Report on sanitation, dispensaries, and jails in Rajputana for 1918, and on vaccination for the year 1918-1919 - 1918-1919
Year: 1918
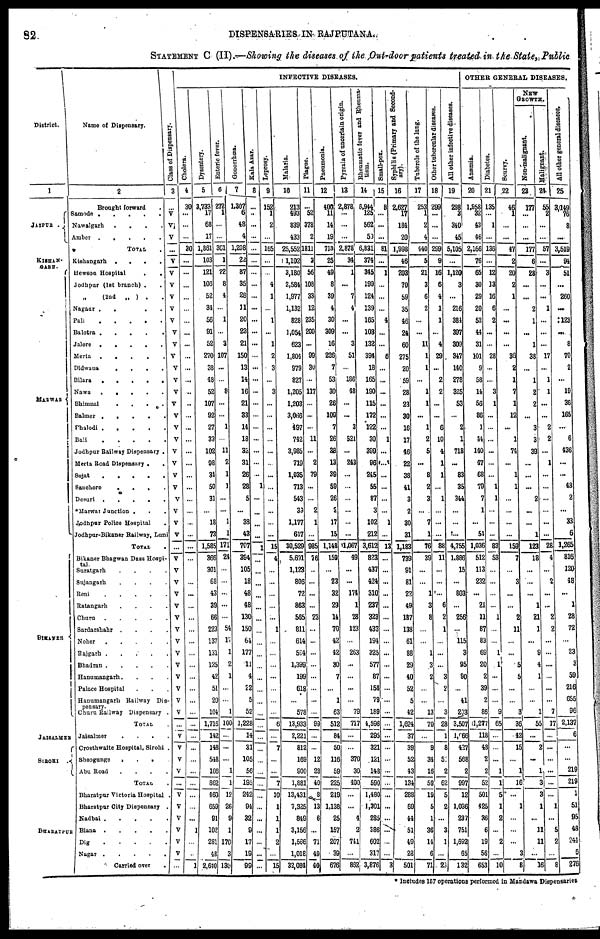
82
DISPENSARIES IN RAJPUTANA
STATEMENT C (II).—Showing the diseases of the Out-door patients treated in the State, Public
District.
1
JAIPUR .
KISHAN¬
GARH.
MARWAR
BIKANER
JAISALMER
SIROHI
BHARATPUR
Name of Dispensary.
2
Brought forward .
Samode
.....
Nawalgarh
.
.
.
.
Amber
.....
TOTAL .
Kishangarh
.
.
.
.
Hewson Hospital
. .
Jodhpur (1st branch) ..
„ (2nd „ ) ..
Nagaur
.....
Pali
.....
Balotra
.....
Jalore
.....
Merta
.....
Didwana
. . . .
Bilara
.
.
.
.
.
Nawa .....
Bhimnal
.
.
.
.
Balmer .....
Phalodi .....
Bali .
.
.
.
.
Jodhpur Railway Dispensary .
Merta Road Dispensary ..
Sojat
.....
Sanchore
.
.
.
.
Desuri
.
.
.
.
.
*Marwar Junction ...
Jodhpur Police Hospital .
Jodhpur-Bikaner Railway, Luni
TOTAL
.
Bikaner Bhagwan Dass Hospi¬
tal.
Suratgarh ....
Sujangarh ....
Reni
.
.
.
.
Ratangarh ....
Churu
.
.
.
.
Sardarshahr ....
Noher
.
.
.
.
Rajgarh
.
.
.
.
Bhadran
.
.
.
.
Hanumangarh....
Palace Hospital ...
Hanumangarh Railway Dis¬
pensary.
Churu Railway Dispensary
TOTAL .
Jaisalmer ....
Crosthwaite Hospital, Sirohi .
Sheogunge
. . .
Abu Road ....
TOTAL .
Bharatpur Victoria Hospital .
Bharatpur City Dispensary .
Nadbai .....
Biana
.....
Dig
.....
Nagar
.....
Carried over
.
Class of Dispensary.
3
...
V
V
V
...
V
V
V
V
V
V
V
V
V
V
V
V
V
V
V
V
V
V
V
V
V
V
V
V
...
V
V
V
V
V
V
V
V
V
V
V
V
V
V
...
V
V
V
V
...
V
V
V
V
V
V
...
INFECTIVE DISEASES.
Cholera.
4
30
...
...
...
30
...
...
...
...
...
...
...
...
...
...
...
...
...
...
...
...
...
...
...
...
...
...
...
...
...
...
...
...
...
...
...
...
...
...
...
...
...
...
...
...
...
...
...
...
...
...
...
...
1
...
...
1
Dysentery.
5
3,733
17
68
17
1,861
103
121
106
52
34
56
91
52
270
38
48
52
107
92
27
33
102
98
31
50
31
...
18
73
1,585
366
301
68
43
39
66
223
137
131
125
42
51
20
104
1,716
142
148
548
166
862
460
659
91
102
281
48
2,640
Enteric fever.
6
272
1
...
...
361
1
22
8
4
...
1
...
3
107
...
...
8
...
...
1
...
11
2
1
1
...
...
1
1
171
24
...
...
...
...
...
54
11
1
2
1
...
...
1
100
...
...
...
1
1
12
26
9
1
170
3
130
Gonorrhœa.
7
1,307
6
48
4
1,208
22
87
35
28
11
20
23
21
150
13
14
16
21
33
14
18
32
31
26
28
5
...
38
43
707
394
105
18
48
48
130
150
64
177
11
4
22
5
52
1,228
14
31
105
56
195
242
94
32
9
17
19
99
Kala Azar.
8
...
...
...
...
...
...
...
...
...
...
...
...
...
...
...
...
...
...
...
...
...
...
...
...
1
...
...
...
...
1
...
...
...
...
...
...
...
...
...
...
...
...
...
...
...
...
...
...
...
...
...
...
...
...
...
...
...
Leprosy.
9
152
1
2
...
165
...
...
4
1
...
1
...
1
2
3
...
3
...
...
...
...
...
...
...
...
...
...
...
...
15
4
...
...
...
...
...
1
...
...
...
...
...
...
...
6
...
7
...
...
7
10
1
1
1
2
...
15
Malaria.
10
213
493
839
433
25,552
1,102
3,180
2,584
1,977
1,132
828
1,054
623
1,804
979
827
1,205
1,203
3,066
497
742
3,985
719
1,035
713
543
39
1,177
617
30,529
5,631
1,123
806
72
863
565
811
614
594
1,399
199
618
...
578
13,933
2,221
812
169
900
1,881
13,431
7,325
849
3,156
1,556
1,018
32,084
Plague.
11
...
52
378
2
1811
3
56
108
33
12
235
200
...
99
30
...
117
...
...
...
11
...
2
79
...
...
2
1
...
985
76
...
...
...
...
23
...
...
...
...
...
...
...
...
99
...
...
12
28
40
8
13
6
...
71
49
40
Pneumonia.
12
400
11
14
19
713
25
49
8
39
4
30
309
16
226
7
53
30
26
109
7
26
38
13
39
59
26
2
17
15
1,148
159
...
23
32
29
14
70
42
42
30
7
...
1
63
512
84
50
116
59
225
219
1,138
25
157
207
39
676
Pyrexia of uncertain origin.
13
2,878
...
...
...
2,878
34
1
...
7
4
...
...
3
51
...
186
48
...
...
3
521
...
243
...
...
...
...
...
...
1,067
49
...
...
174
1
28
123
...
263
...
...
...
...
79
717
...
...
370
30
400
...
...
4
2
741
...
862
Rheumatic fever and Rheuma-
tism.
14
6,944
125
562
59
6,831
374
345
199
124
139
165
103
132
394
18
165
190
115
172
122
30
399
96
245
55
87
3
102
212
3,612
823
437
424
310
237
323
433
194
325
577
87
158
79
189
4,596
295
321
121
148
590
1,480
1,301
285
386
602
317
3,876
Small-pox.
15
8
...
...
...
81
...
1
...
...
...
4
...
...
6
...
...
...
...
...
...
1
...
...
...
...
...
...
1
...
13
...
...
...
...
...
...
...
...
...
...
...
...
...
...
...
...
...
...
...
...
...
...
...
...
...
...
3
Syphilis (Primary and Second-
ary).
16
2,627
17
184
20
1,998
46
203
70
59
35
46
24
60
275
20
59
28
23
30
16
17
46
22
38
41
3
2
30
31
1,183
739
91
81
22
49
187
138
61
88
29
40
52
5
42
1,624
37
39
52
43
134
288
69
44
51
49
23
501
Tubercle of the lung.
17
253
1
2
4
440
5
21
3
6
2
...
...
11
1
1
...
1
1
...
1
2
5
...
8
2
3
...
7
1
76
39
...
...
1
3
3
...
...
1
3
2
...
...
13
70
...
9
34
16
59
19
5
1
36
14
6
71
Other tubercular diseases.
18
299
...
...
299
9
16
6
4
1
1
...
4
29
...
2
2
...
...
6
10
4
1
1
...
1
...
...
...
88
11
...
...
...
6
2
1
...
...
...
3
2
...
3
28
1
8
52
2
62
5
2
...
3
1
...
23
All other infective diseases.
19
298
3
340
45
5,105
1,120
3
...
216
384
397
309
347
140
278
325
53
...
2
1
718
...
83
35
344
...
...
...
4,755
1,886
15
...
803
...
256
...
115
3
95
90
...
41
203
3,507
1,066
427
568
2
997
12
1,036
237
751
1,692
65
132
OTHER GENERAL DISEASES
Anæmia.
20
1,958
32
43
46
2,166
76
65
30
29
20
52
44
31
101
9
58
14
56
86
1
44
140
47
68
79
7
1
...
54
1,036
512
113
232
...
21
11
87
83
69
20
2
39
2
86
1,277
118
48
2
2
52
501
425
36
6
19
56
653
Diabetes.
21
135
...
1
...
136
...
12
13
16
6
2
...
28
...
...
3
1
...
...
...
...
...
...
1
1
...
...
...
83
53
...
...
...
...
1
...
...
1
1
...
...
...
9
65
...
...
...
1
1
5
1
2
...
2
...
10
Scurvy.
22
46
1
...
...
47
2
20
2
1
...
...
...
...
36
2
1
7
1
12
...
1
74
...
1
1
...
...
...
...
159
7
...
3
...
...
2
11
...
...
5
5
...
...
3
36
42
15
...
1
16
...
1
...
...
...
3
B
NEW
GROWTH.
Non-malignant.
23
177
...
...
...
177
6
28
...
...
2
1
...
1
38
...
1
2
2
...
3
3
39
...
...
...
2
...
...
1
123
18
...
...
...
1
21
1
...
9
4
1
...
...
1
55
...
2
...
1
3
3
1
...
11
11
...
16
Malignant.
24
55
2
...
...
57
...
3
...
...
1
...
...
...
17
...
1
1
...
...
2
2
...
1
...
...
...
...
...
...
28
4
...
2
...
...
2
2
...
...
...
...
...
...
7
17
...
...
...
...
...
...
1
...
5
2
...
6
All other general diseases.
25
3,149
76
8
...
3,519
94
51
...
260
...
123
...
8
70
2
...
19
36
165
...
6
436
...
...
48
2
...
33
6
1,265
816
120
48
...
1
28
72
...
23
3
59
216
655
96
2,137
6
...
...
219
219
1
51
95
48
241
6
276
* Includes 167 operations performed in Mandawa Dispensaries